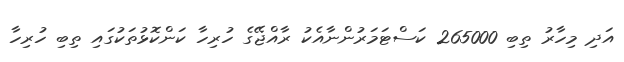
އަދި މިހާރު ތިބި 265000 ކަސްޓަމަރުންނާއެކު ރާއްޖޭގެ ހުރިހާ ކަންކޮޅުތަކުގައި ތިބި ހުރިހާ